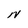
Character: N